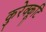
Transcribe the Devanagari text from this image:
कुरेक्कूटि